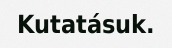
Kutatásuk.